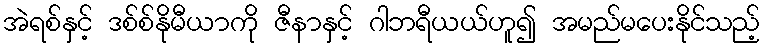
အဲရစ်နှင့် ဒစ်စ်နိုမီယာကို ဇီနာနှင့် ဂါဘရီယယ်ဟူ၍ အမည်မပေးနိုင်သည့်